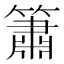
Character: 簫